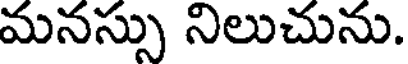
మనస్సు నిలుచును.